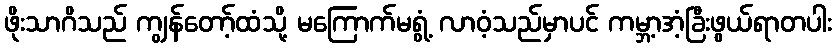
ဖိုးသာဂိသည် ကျွန်တော့်ထံသို့ မကြောက်မရွံ့ လာဝံ့သည်မှာပင် ကမ္ဘာ့အံ့ခြီးဖွယ်ရာတပါး